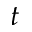
t